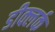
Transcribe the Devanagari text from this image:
डीक्लर्क